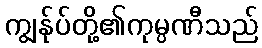
ကျွန်ုပ်တို့၏ကုမ္ပဏီသည်